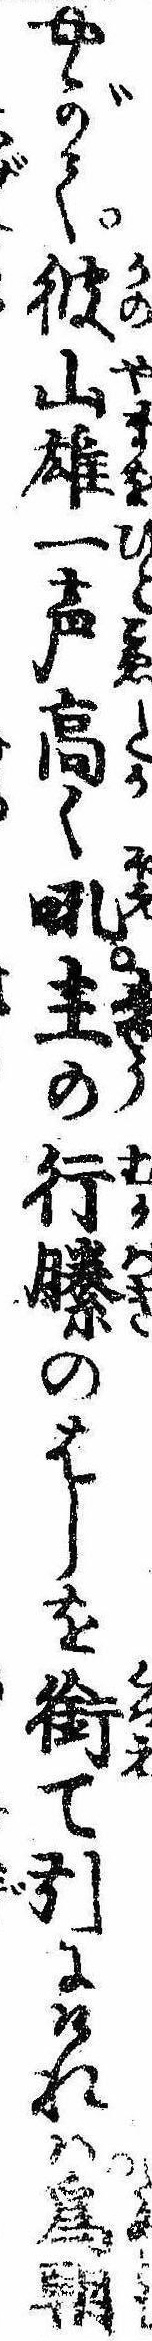
やがて彼山雄一声高く吼主の行縢のはしを銜て引にければ為朝